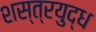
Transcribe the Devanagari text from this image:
शस्त्रयुद्ध